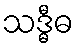
သဒ္ဓီဓ